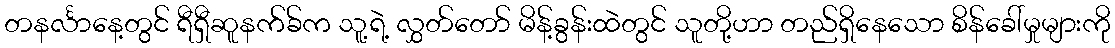
တနင်္လာနေ့တွင် ရီရှီဆူနက်ခ်က သူ့ရဲ့ လွှတ်တော် မိန့်ခွန်းထဲတွင် သူတို့ဟာ တည်ရှိနေသော စိန်ခေါ်မှုများကို